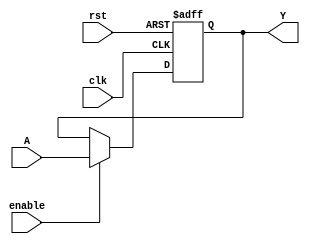
`timescale 1ns / 1ps

module Registro#(
	parameter R = 16
	)
	(
	input wire clk,rst,enable,
	input wire [R-1:0] A,
	output wire [R-1:0] Y
    );
	 
reg[R-1:0] data, data_next;

always@(posedge clk, posedge rst)
begin
	if(rst)
		data <= {R{1'b0}};
	else
		data <= data_next;
end
always@*
	begin
		data_next = data;
		if(enable)
			data_next = A;
	end
	
assign Y = data;

endmodule